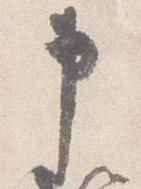
申